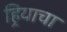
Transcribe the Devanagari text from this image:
हिर्‍याचा